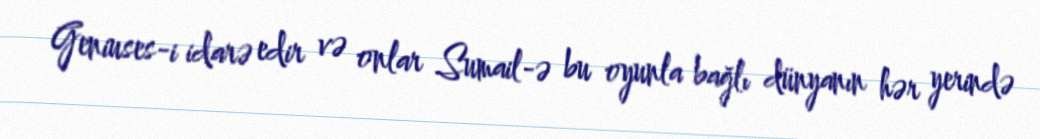
Geniuses-i idarə edir və onlar Sumail-ə bu oyunla bağlı dünyanın hər yerində